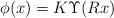
LaTeX: \begin{align*} \phi(x)=K\Upsilon(Rx) \end{align*}